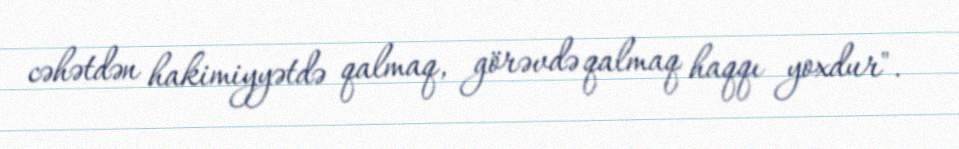
cəhətdən hakimiyyətdə qalmaq, görəvdə qalmaq haqqı yoxdur".